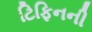
ટિફિનની